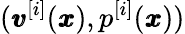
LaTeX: ({\pmb v}^{[i]}({\pmb x}),p^{[i]}({\pmb x}))